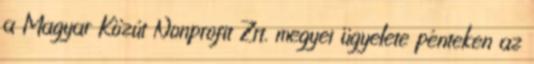
a Magyar Közút Nonprofit Zrt. megyei ügyelete pénteken az